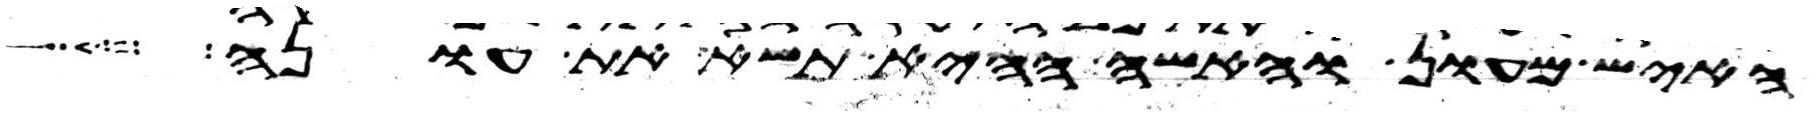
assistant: האיש מעון והאשה ההיא תשא את עונה